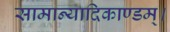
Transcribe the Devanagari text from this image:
सामान्यादिकाण्डम्।